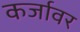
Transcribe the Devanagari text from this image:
कर्जावर